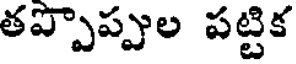
తప్పొప్పుల పట్టిక